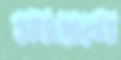
সাওরা